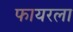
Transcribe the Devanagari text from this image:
फायरला